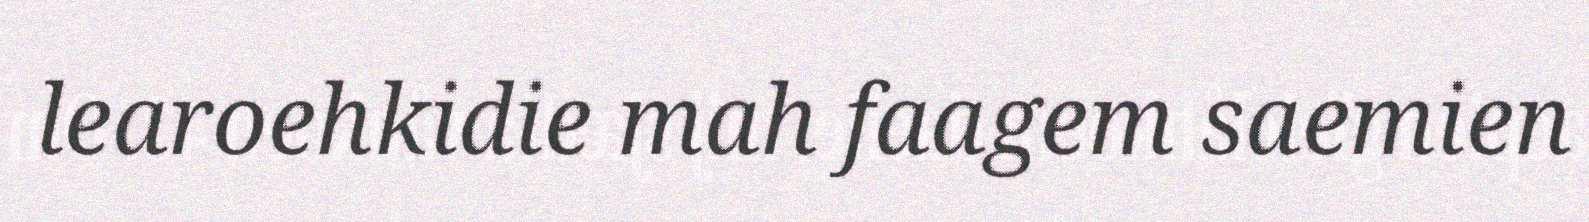
learoehkidie mah faagem saemien